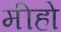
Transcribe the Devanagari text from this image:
मीहो